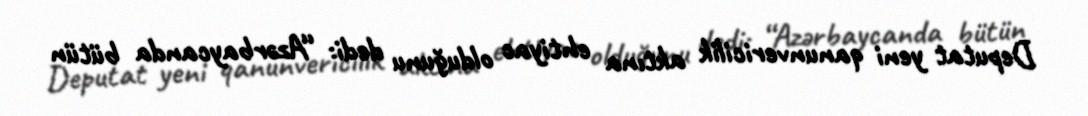
Deputat yeni qanunvericilik aktına ehtiyac olduğunu dedi: “Azərbaycanda bütün